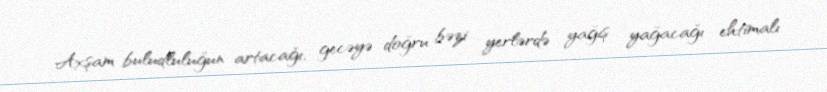
Axşam buludluluğun artacağı, gecəyə doğru bəzi yerlərdə yağış yağacağı ehtimalı